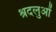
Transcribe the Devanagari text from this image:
श्रदलुओं